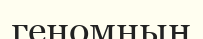
геномның